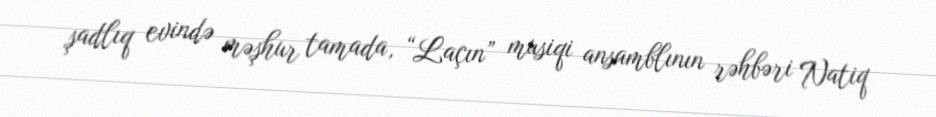
şadlıq evində məşhur tamada, “Laçın” musiqi ansamblının rəhbəri Natiq